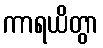
ကာရယိတွာ